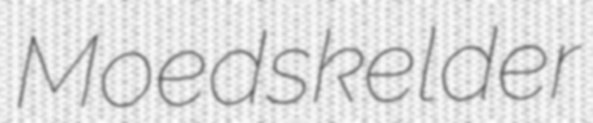
Moed skelder